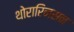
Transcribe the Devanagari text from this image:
थोरारिनसन